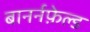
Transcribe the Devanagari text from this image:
बानर्नफ़ेल्ड